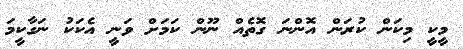
މީކީ މިކަން ކުރަން އޮންނަ ގޮތެއް ނޫން ކަމަށް ވަނީ އެކަކު ނަގާކީމަ